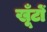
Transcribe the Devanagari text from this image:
खूँटों